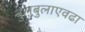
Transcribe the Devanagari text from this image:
बुलबुलाएवढा